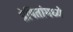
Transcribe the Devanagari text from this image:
प्रेषितांमध्ये